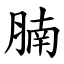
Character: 腩